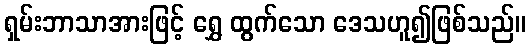
ရှမ်းဘာသာအားဖြင့် ရွှေ ထွက်သော ဒေသဟူ၍ဖြစ်သည်။